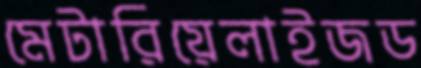
মেটারিয়েলাইজড